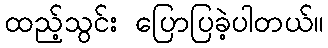
ထည့်သွင်း ပြောပြခဲ့ပါတယ်။